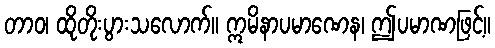
တာဝ၊ ထိုတိုးပွားသလောက်။ ဣမိနာပမာဏေန၊ ဤပမာဏဖြင့်။